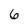
Character: 6